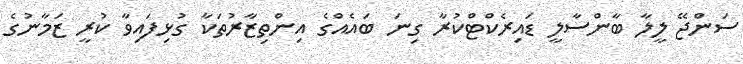
ސަންޖޭ ލީލާ ބާންސާލީ ޑައިރެކްޓްކުރާ ގިނަ ބައެއްގެ އިންތިޒާރުތަކާ ގުޅިފައިވާ ކުރީ ޒަމާނުގެ